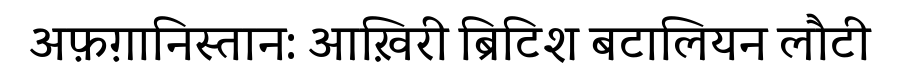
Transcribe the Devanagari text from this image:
अफ़ग़ानिस्तान: आख़िरी ब्रिटिश बटालियन लौटी